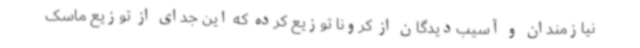
نیازمندان و آسیب‌دیدگان از کرونا توزیع کرده که این جدای از توزیع ماسک